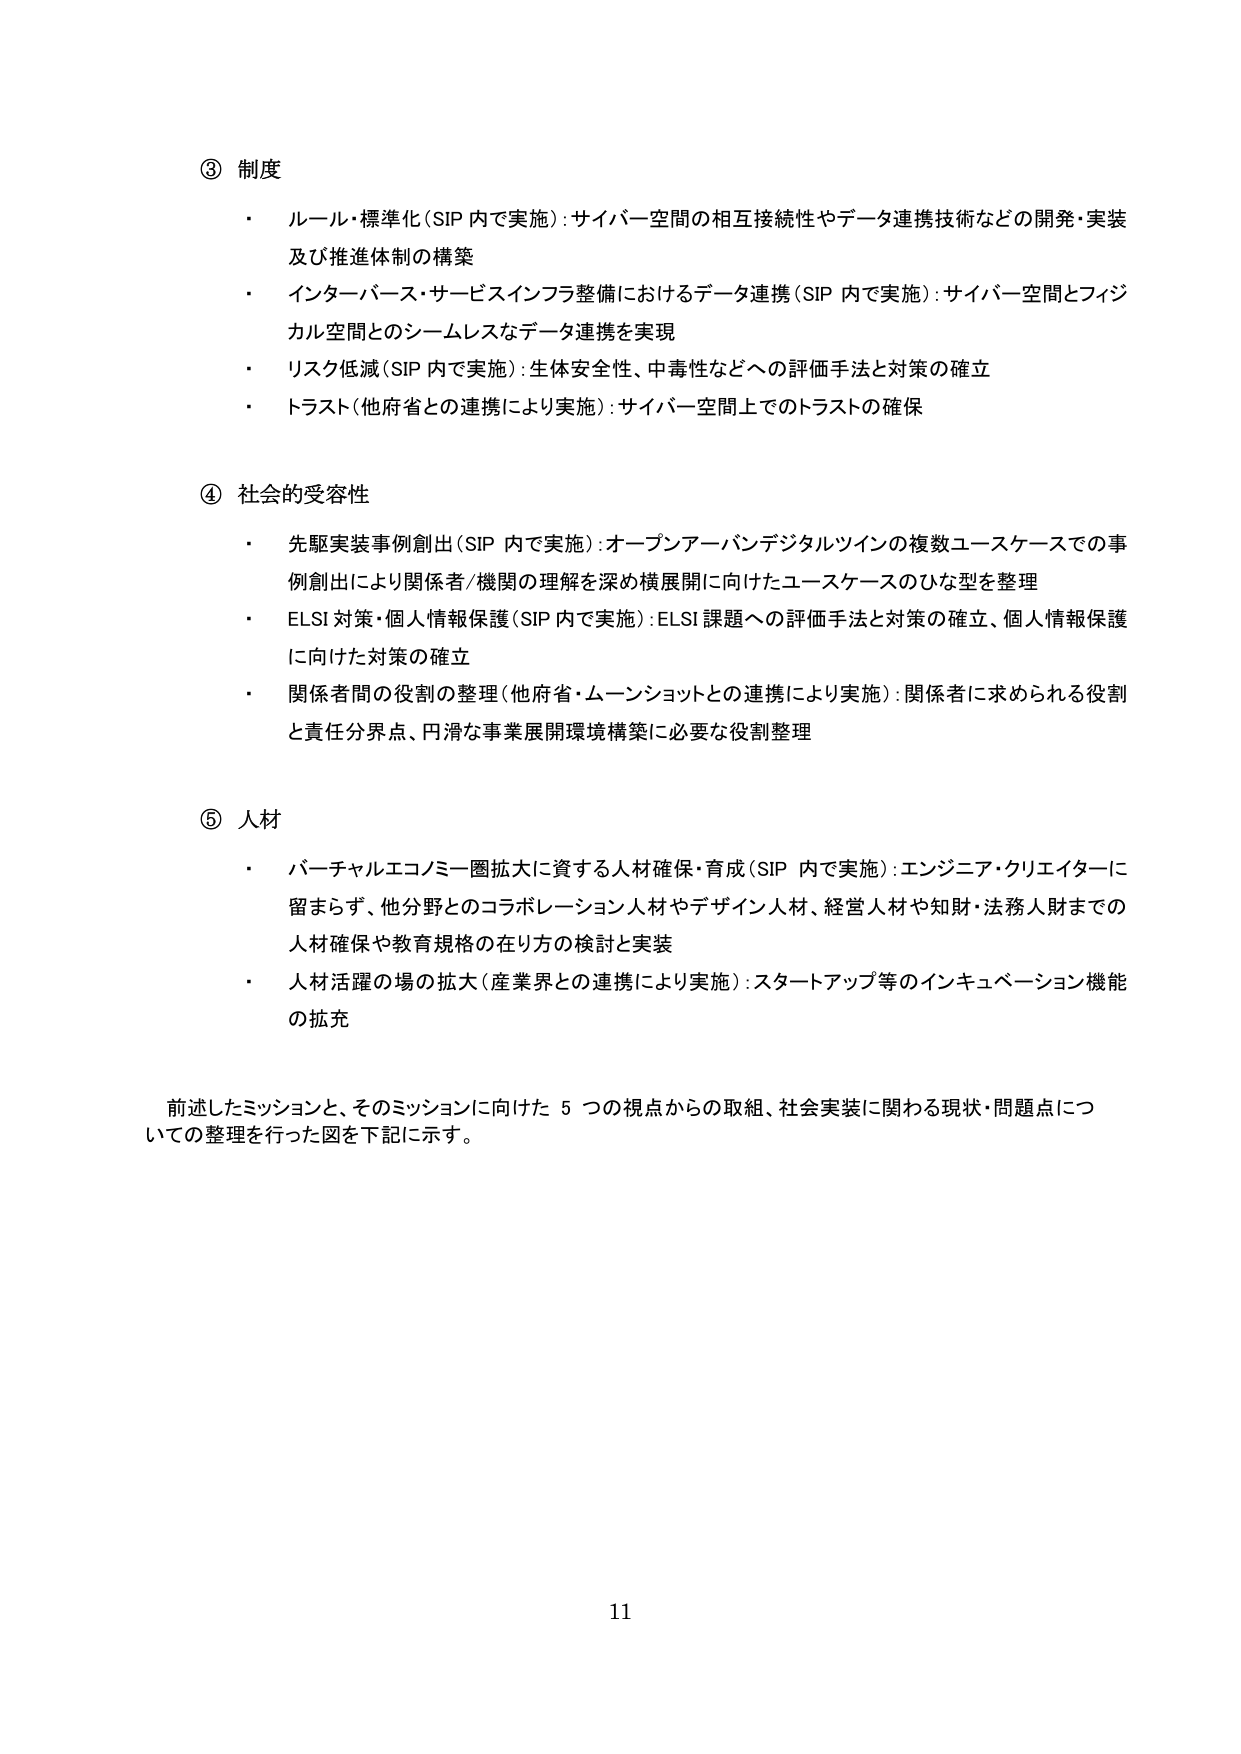
③ 制度
・ ルール・標準化（SIP 内で実施）：サイバー空間の相互接続性やデータ連携技術などの開発・実装及び推進体制の構築
・ インターバース・サービスインフラ整備におけるデータ連携（SIP 内で実施）：サイバー空間とフィジカル空間とのシームレスなデータ連携を実現
・ リスク低減（SIP 内で実施）：生体安全性、中毒性などへの評価手法と対策の確立
・ トラスト（他府省との連携により実施）：サイバー空間上でのトラストの確保

④ 社会的受容性
・ 先駆実装事例創出（SIP 内で実施）：オープンアーバンデジタルツインの複数ユースケースでの事例創出により関係者/機関の理解を深め横展開に向けたユースケースのひな型を整理
・ ELSI 対策・個人情報保護（SIP 内で実施）：ELSI 課題への評価手法と対策の確立、個人情報保護に向けた対策の確立
・ 関係者間の役割の整理（他府省・ムーンショットとの連携により実施）：関係者に求められる役割と責任分界点、円滑な事業展開環境構築に必要な役割整理

⑤ 人材
・ バーチャルエコノミー圏拡大に資する人材確保・育成（SIP 内で実施）：エンジニア・クリエイターに留まらず、他分野とのコラボレーション人材やデザイン人材、経営人材や知財・法務人財までの人材確保や教育規格の在り方の検討と実装
・ 人材活躍の場の拡大（産業界との連携により実施）：スタートアップ等のインキュベーション機能の拡充

前述したミッションと、そのミッションに向けた 5 つの視点からの取組、社会実装に関わる現状・問題点についての整理を行った図を下記に示す。

11